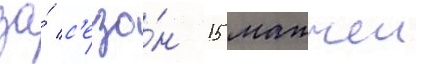
за́ с'езо́н 15 матчеи